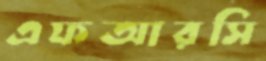
এফআরসি